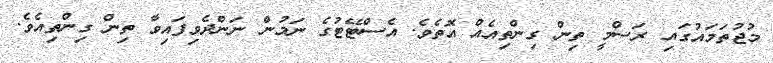
މުޖުތަމައުގައި ރަސްމީ ތިން ގިންތިއެއް އޮތެވެ. އެސްޓޭޓުގެ ނަމުން ނަންދެވިފައިވާ ތިން ގިންތިއެވެ.